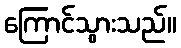
ကြောင်သွားသည်။